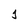
Character: j